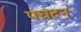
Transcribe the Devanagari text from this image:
पघटन